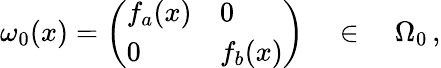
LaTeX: \omega_{0}(x)=\left(\begin{array}{ll}{{f_{a}(x)}}&{{0}}\\ {{0}}&{{f_{b}(x)}}\end{array}\right)\quad\in\quad\Omega_{0}\, ,